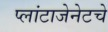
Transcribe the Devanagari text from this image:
प्लांटाजेनेटचे